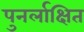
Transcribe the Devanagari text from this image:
पुनर्लाक्षित